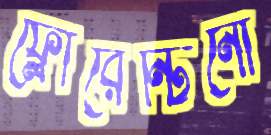
ফ্লোরেন্টিনো